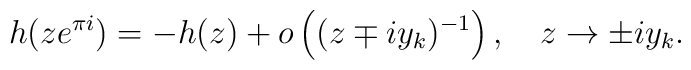
h(ze^{\pi i})=-h(z)+o\left( (z\mp iy_k)^{-1}\right) ,\quad z\to \pm iy_k.